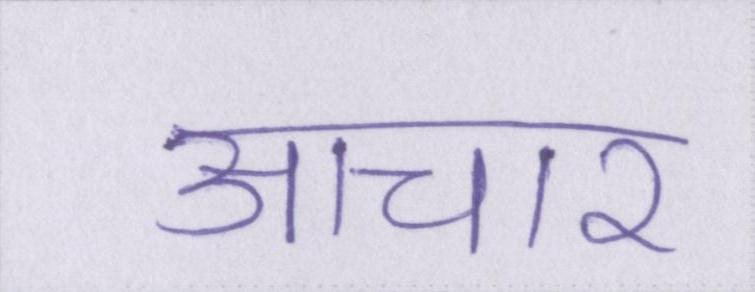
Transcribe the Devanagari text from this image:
आचार